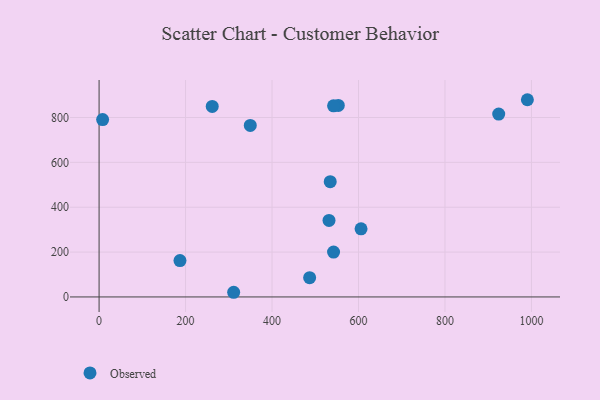
{"axis": {"x": "Study Hours", "y": "Yield"}, "legend": ["Observed"], "data": [{"x": "311.3", "y": 20.8, "type": "Observed"}, {"x": "8.2", "y": 790.8, "type": "Observed"}, {"x": "349.7", "y": 764.4, "type": "Observed"}, {"x": "261.7", "y": 849.1, "type": "Observed"}, {"x": "542.3", "y": 200.0, "type": "Observed"}, {"x": "487.0", "y": 85.9, "type": "Observed"}, {"x": "990.6", "y": 879.1, "type": "Observed"}, {"x": "187.1", "y": 162.0, "type": "Observed"}, {"x": "553.3", "y": 853.6, "type": "Observed"}, {"x": "534.6", "y": 513.8, "type": "Observed"}, {"x": "605.9", "y": 303.7, "type": "Observed"}, {"x": "531.8", "y": 341.0, "type": "Observed"}, {"x": "542.3", "y": 852.1, "type": "Observed"}, {"x": "924.3", "y": 815.2, "type": "Observed"}]}